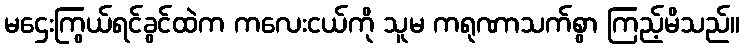
မဌေးကြွယ်ရင်ခွင်ထဲက ကလေးငယ်ကို သူမ ကရုဏာသက်စွာ ကြည့်မိသည်။